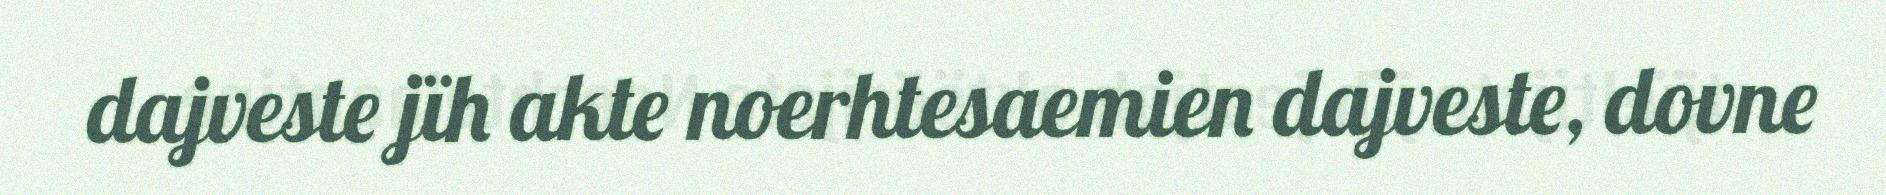
dajveste jïh akte noerhtesaemien dajveste, dovne